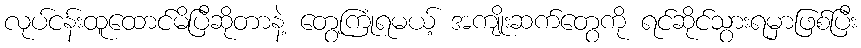
လုပ်ငန်းထူထောင်မိပြီဆိုတာနဲ့ တွေ့ကြုံရမယ့် အကျိုးဆက်တွေကို ရင်ဆိုင်သွားရမှာဖြစ်ပြီး